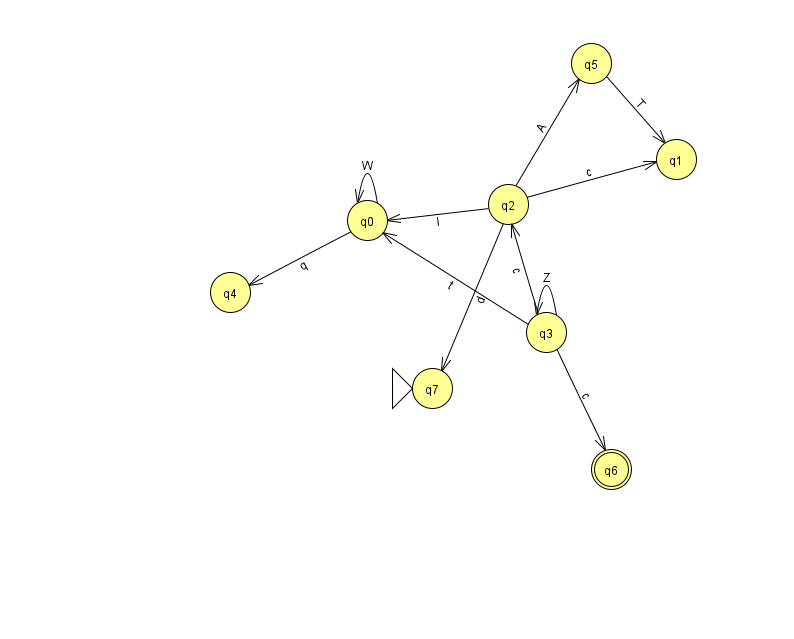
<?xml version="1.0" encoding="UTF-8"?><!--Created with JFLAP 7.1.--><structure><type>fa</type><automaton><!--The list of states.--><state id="0" name="q0"><x>367.0</x><y>207.0</y></state><state id="1" name="q1"><x>676.0</x><y>146.0</y></state><state id="2" name="q2"><x>508.0</x><y>191.0</y></state><state id="3" name="q3"><x>546.0</x><y>319.0</y></state><state id="4" name="q4"><x>230.0</x><y>279.0</y></state><state id="5" name="q5"><x>591.0</x><y>50.0</y></state><state id="6" name="q6"><x>611.0</x><y>456.0</y><final/></state><state id="7" name="q7"><x>432.0</x><y>375.0</y><initial/></state><!--The list of transitions.--><transition><from>3</from><to>6</to><read>c</read></transition><transition><from>2</from><to>0</to><read>I</read></transition><transition><from>2</from><to>1</to><read>c</read></transition><transition><from>0</from><to>4</to><read>q</read></transition><transition><from>0</from><to>0</to><read>W</read></transition><transition><from>2</from><to>7</to><read>d</read></transition><transition><from>3</from><to>0</to><read>t</read></transition><transition><from>3</from><to>2</to><read>c</read></transition><transition><from>2</from><to>5</to><read>A</read></transition><transition><from>3</from><to>3</to><read>Z</read></transition><transition><from>5</from><to>1</to><read>T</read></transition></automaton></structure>